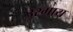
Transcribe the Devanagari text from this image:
उरगाय